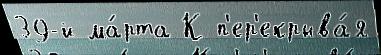
39-й ма́рта К п'ер'екрыва́я